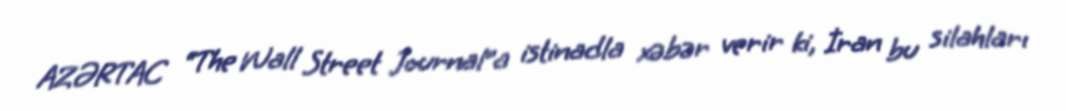
AZƏRTAC “The Wall Street Journal”a istinadla xəbər verir ki, İran bu silahları